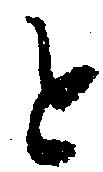
と